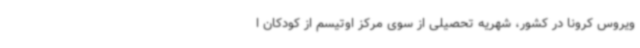
ویروس کرونا در کشور، شهریه‌ تحصیلی از سوی مرکز اوتیسم از کودکان ا